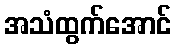
အသံထွက်အောင်